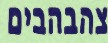
צהבהבים